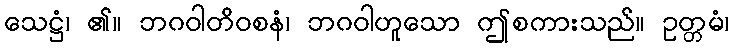
သေဋ္ဌံ၊ ၏။ ဘဂဝါတိဝစနံ၊ ဘဂဝါဟူသော ဤစကားသည်။ ဥတ္တမံ၊